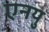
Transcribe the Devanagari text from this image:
एनयु